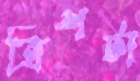
ত্রিশটা